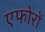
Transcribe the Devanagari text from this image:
एफोरों